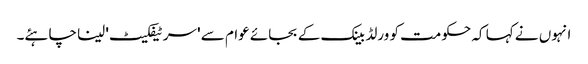
انہوں نے کہا کہ حکومت کو ورلڈ بینک کے بجائے عوام سے 'سرٹیفکیٹ' لینا چاہئے۔